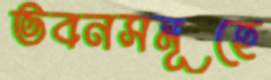
ভবনসমূহে